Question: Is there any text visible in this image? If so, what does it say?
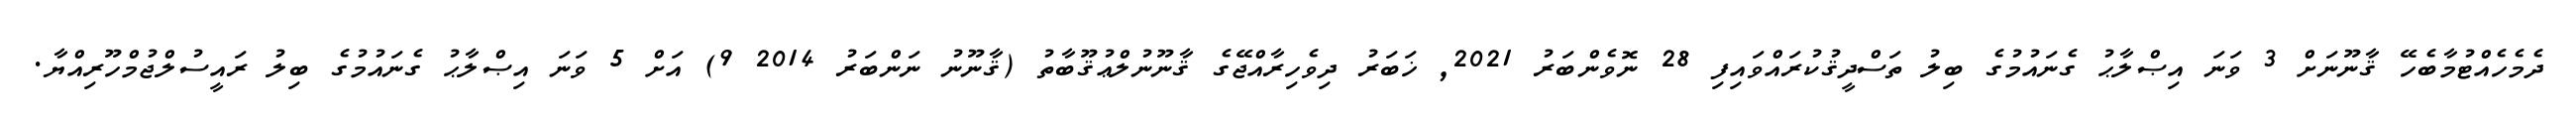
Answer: ދެމެހެއްޓުމާބެހޭ ޤާނޫނަށް 3 ވަނަ އިޞްލާޙު ގެނައުމުގެ ބިލު ތަސްދީޤުކުރައްވައިފި 28 ނޮވެންބަރު 2021, ޚަބަރު ދިވެހިރާއްޖޭގެ ޤާނޫނުލްޢުޤޫބާތު (ޤާނޫނު ނަންބަރު 2014 9) އަށް 5 ވަނަ އިޞްލާޙު ގެނައުމުގެ ބިލު ރައީސުލްޖުމްހޫރިއްޔާ.